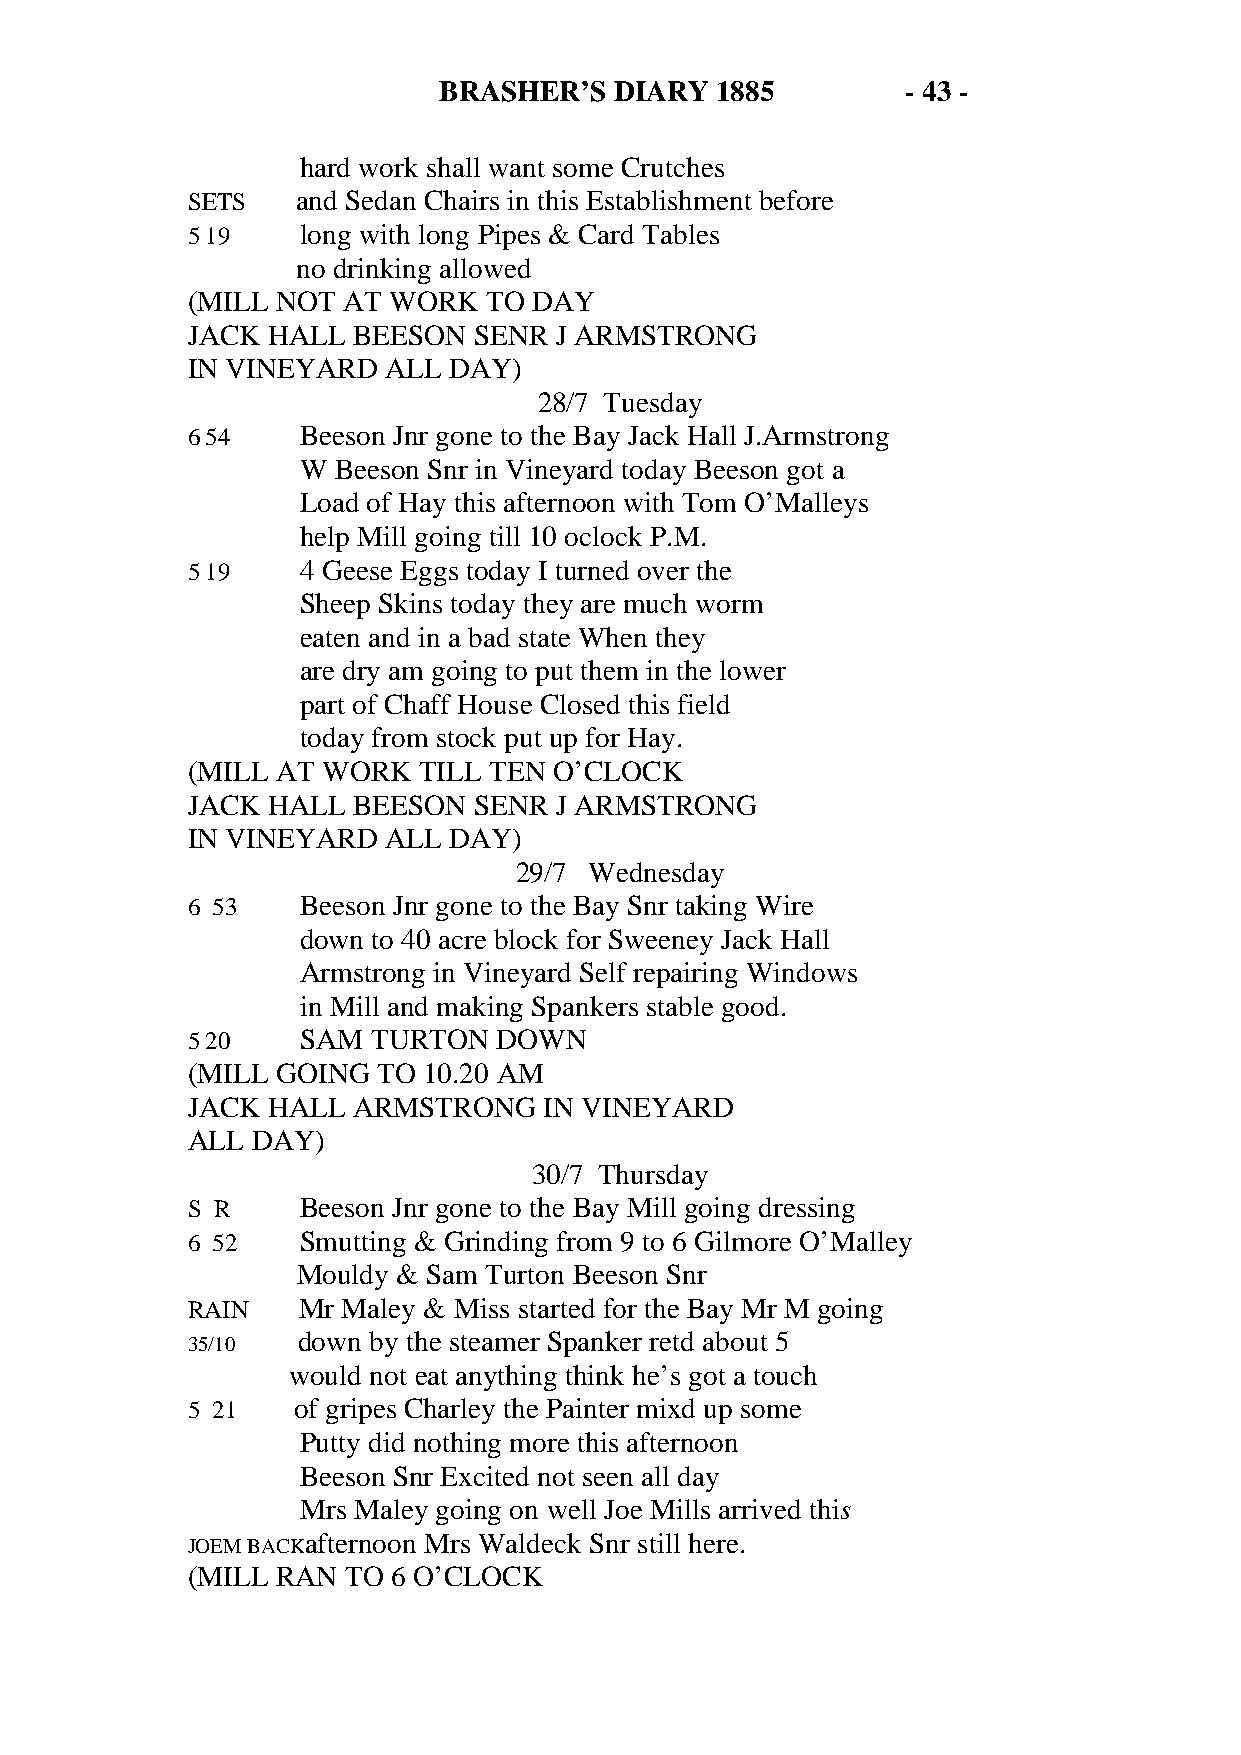
BRASHER’S   DIARY 1885         - 43 -
 hard work shall want some Crutches
 SETS    and Sedan Chairs in this Establishment before
 5 19    long with long Pipes & Card Tables
 no drinking allowed
 (MILL NOT  AT WORK  TO DAY
 JACK  HALL BEESON  SENR  J ARMSTRONG
 IN VINEYARD  ALL  DAY)
 28/7 Tuesday
 6 54    Beeson Jnr gone to the Bay Jack Hall J.Armstrong
 W Beeson Snr in Vineyard today Beeson got a
 Load of Hay this afternoon with Tom O’Malleys
 help Mill going till 10 oclock P.M.
 5 19    4 Geese Eggs today I turned over the
 Sheep Skins today they are much worm
 eaten and in a bad state When they
 are dry am going to put them in the lower
 part of Chaff House Closed this field
 today from stock put up for Hay.
 (MILL AT WORK   TILL TEN O’CLOCK
 JACK  HALL BEESON  SENR  J ARMSTRONG
 IN VINEYARD  ALL  DAY)
 29/7 Wednesday
 6 53    Beeson Jnr gone to the Bay Snr taking Wire
 down to 40 acre block for Sweeney Jack Hall
 Armstrong in Vineyard Self repairing Windows
 in Mill and making Spankers stable good.
 5 20    SAM  TURTON  DOWN
 (MILL GOING  TO 10.20 AM
 JACK  HALL ARMSTRONG    IN VINEYARD
 ALL  DAY)
 30/7 Thursday
 S R     Beeson Jnr gone to the Bay Mill going dressing
 6 52    Smutting & Grinding from 9 to 6 Gilmore O’Malley
 Mouldy & Sam Turton Beeson Snr
 RAIN    Mr Maley & Miss started for the Bay Mr M going
 down by the steamer Spanker retd about 5
 35/10
 would not eat anything think he’s got a touch
 5 21   of gripes Charley the Painter mixd up some
 Putty did nothing more this afternoon
 Beeson Snr Excited not seen all day
 Mrs Maley going on well Joe Mills arrived this
 afternoon Mrs Waldeck Snr still here.
 JOEM BACK
 (MILL RAN  TO 6 O’CLOCK